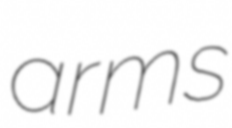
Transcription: arms